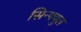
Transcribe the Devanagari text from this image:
सिन्फ्युल